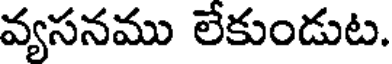
వ్యసనము లేకుండుట.